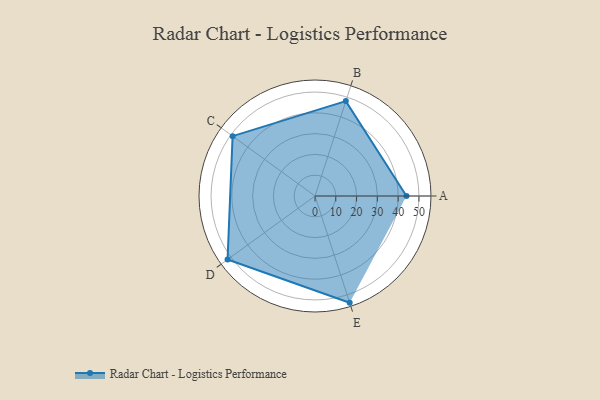
{"axis": {"x": "Skill", "y": "Score"}, "legend": ["Profile"], "data": [{"x": "A", "y": 44.0, "type": "Profile"}, {"x": "B", "y": 48.0, "type": "Profile"}, {"x": "C", "y": 49.0, "type": "Profile"}, {"x": "D", "y": 52.0, "type": "Profile"}, {"x": "E", "y": 54.0, "type": "Profile"}]}